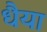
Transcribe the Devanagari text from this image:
धैया